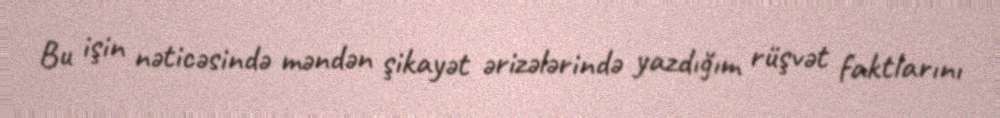
Bu işin nəticəsində məndən şikayət ərizələrində yazdığım rüşvət faktlarını